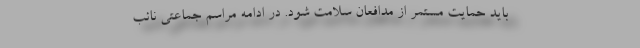
باید حمایت مستمر از مدافعان سلامت شود. در ادامه مراسم جماعتی نائب